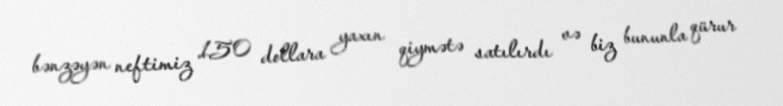
bənzəyən neftimiz 150 dollara yaxın qiymətə satılırdı və biz bununla qürur